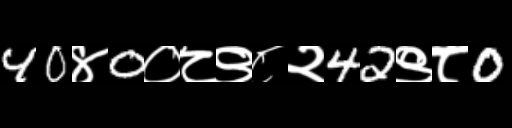
Text: 40४0०८९८२42९८0